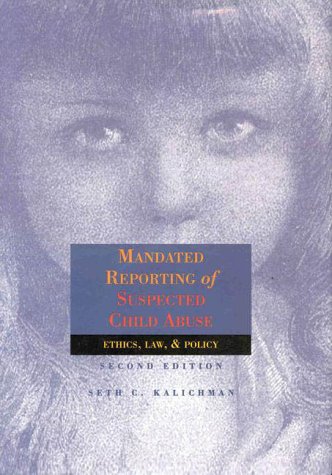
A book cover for Mandated Reporting of Suspected Child Abuse: Ethics, Law & Policy; Seth C. Kalichman; Law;